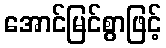
အောင်မြင်စွာဖြင့်